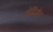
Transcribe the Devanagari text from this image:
ऐम्निओन